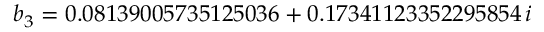
b _ { 3 } = 0 . 0 8 1 3 9 0 0 5 7 3 5 1 2 5 0 3 6 + 0 . 1 7 3 4 1 1 2 3 3 5 2 2 9 5 8 5 4 \, i